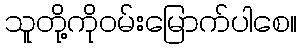
သူတို့ကိုဝမ်းမြောက်ပါစေ။